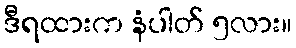
ဒီရထားက နံပါတ် ၅လား။